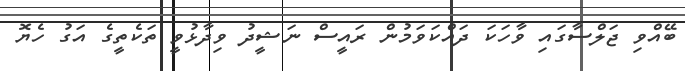
ބޭއްވި ޖަލްސާގައި ވާހަކަ ދައްކަވަމުން ރައީސް ނަޝީދު ވިދާޅުވީ ތަކެތީގެ އަގު ހެޔޮ